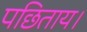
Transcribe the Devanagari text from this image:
पछिताय।